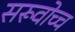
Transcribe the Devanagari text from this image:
सरूवोच्च